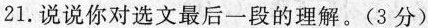
21.说说你对选文最后一段的理解。(3 分)